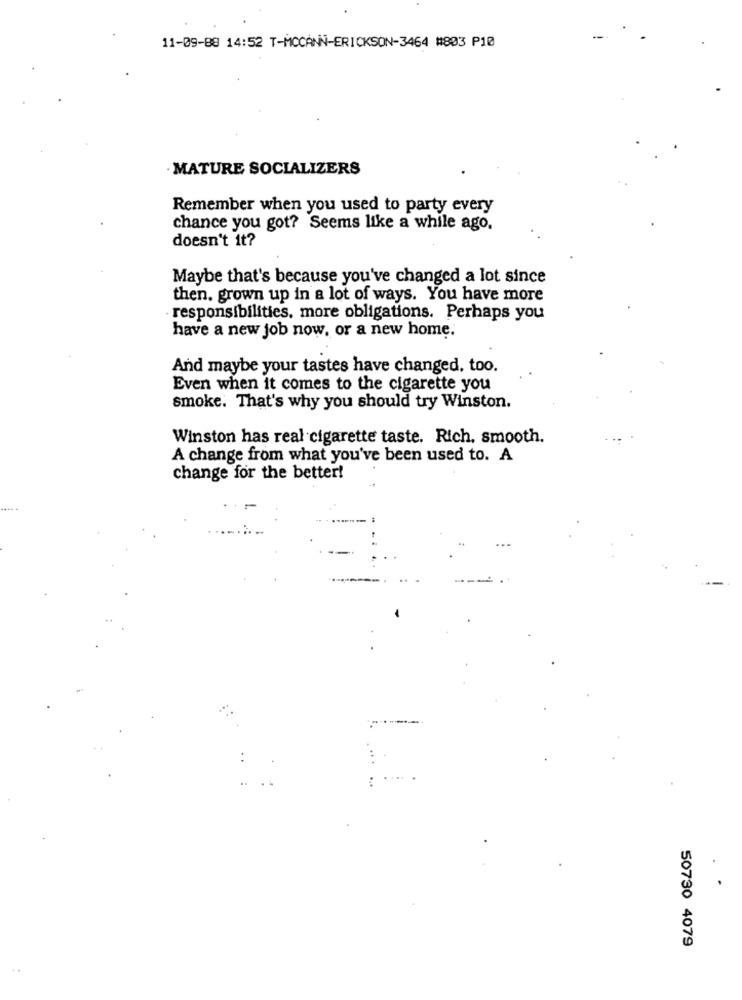
11-09-88 14:52 T-MCCANN-ERICKSON-3464 #803 P10
MATURE SOCIALIZERS
Remember when you used to party every
chance you got? Seems like a while ago.
doesn't it?
Maybe that's because you've changed a lot since
then. grown up in a lot of ways. You have more
responsibilities. more obligations. Perhaps you
have a new job now, or a new home.
And maybe your tastes have changed, too.
Even when it comes to the cigarette you
smoke. That's why you should try Winston.
Winston has real cigarette taste. Rich. smooth.
A change from what you've been used to. A
change for the better!
50730 4079